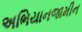
અભિયાનજામીન